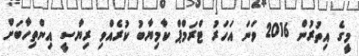
މީގެ އިތުރުން 2016 ވަނަ އަހަރު ޓްރަމްޕް ކާމިޔާބު ކުރެއްވި ރިޔާސީ އިންތިހާބަށް